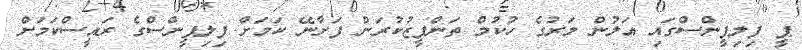
ޕީ ފިލިޕީންސްގައި އަލުން މަރުގެ ހުކުމް ތަންފީޒުކުރަން ފަށާނޭ ކަމަށް ފިލިޕީންސްގެ ރައީސްކަމަށް